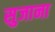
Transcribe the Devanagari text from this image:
सुजाना